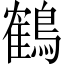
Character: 鶴